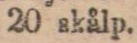
20 skålp.